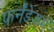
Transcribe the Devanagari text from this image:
फर्नॅंडेज़में